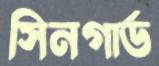
সিনগার্ড